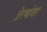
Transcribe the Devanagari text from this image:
प्रेरणांवर